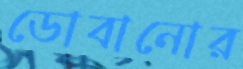
ডোবানোর